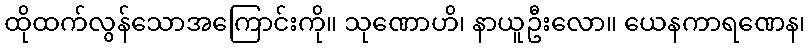
ထိုထက်လွန်သောအကြောင်းကို။ သုဏောဟိ၊ နာယူဦးလော။ ယေနကာရဏေန၊